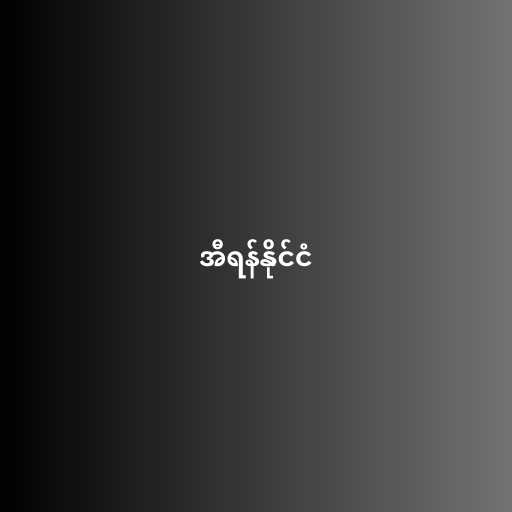
အီရန်နိုင်ငံ